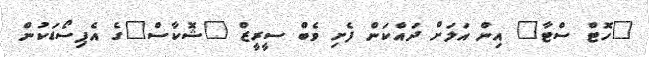
"ހޮޓް ސްޓާ" އިން އަލަށް ދައްކަން ފެށި ވެބް ސީރީޒް "ޝޮކާސް"ގެ އެޕިސޯޑަކުން